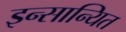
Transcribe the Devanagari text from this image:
इन्सान्यित